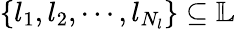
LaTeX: \{ l_{1},l_{2},\cdots,l_{N_{l}}\} \subseteq{\mathbb{L}}